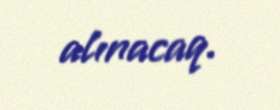
alınacaq.